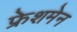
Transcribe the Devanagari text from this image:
फ्रेशमेन